Sanitation, dispensaries and jails vaccination Rajputana 1922-1927 - 1922-1927
Year: 1922
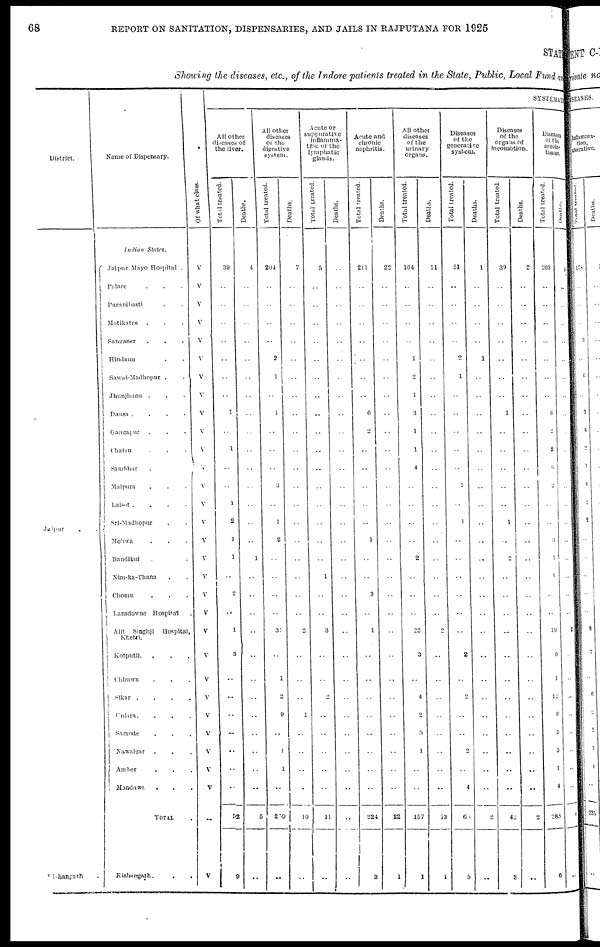
68
REPORT ON SANITATION, DISPENSARIES, AND JAILS IN RAJPUTANA FOR 1925
STATE
Showing the diseases, etc., of the Indore patients treated in the State, Public, Local Fund and
District.
Jaipur . .
Kishangarh .
Name of Dispensary.
Indian
States.
Jaipur Mayo Hospital .
Palace . . .
Puranibasti . .
Motikatra . . .
Sanganer . . .
Hindaun . .
Sawai-Madhopur . .
Jhunjhunu . . .
Dausa .
.
.
.
Gangapur . . .
Chatsu . . .
Sambhar
.
Malpura . . .
Lalsot
.
.
.
.
Sri-Madhopur . .
Mohwa . . .
Bandikui . .
Nim-ka-Thana . .
Chomu . . .
Lansdowne Hospital .
Ajit
Singhji
Hospital,
Khetri.
Kotputli. . . .
Chirawa . . .
Sikar .
.
.
.
Uniara
.
.
.
Samode . . .
Nawalgar . . .
Amber . . .
Mandawa . . .
TOTAL .
Kishangarh.
.
.
Of what class.
V
V
V
V
V
V
V
V
V
V
V
V
V
V
V
V
V
V
V
V
V
V
V
V
V
V
V
V
V
..
V
SYSTEMATIC
All other
diseases of
the liver.
Total treated.
39
..
..
..
..
..
..
..
1
..
1
..
..
1
2
1
1
..
2
..
1
3
..
..
..
..
..
..
..
52
9
Deaths.
4
..
..
..
..
..
..
..
..
..
..
..
..
..
..
..
1
..
..
..
..
..
..
..
..
..
..
..
..
5
..
All other
diseases
of the
digestive
system.
Total treated.
204
..
..
..
..
2
1
..
1
..
..
..
3
..
1
2
..
..
..
..
31
..
1
2
9
..
1
1
..
259
..
Deaths.
7
..
..
..
..
..
..
..
..
..
..
..
..
..
..
..
..
..
..
..
2
..
..
..
1
..
..
..
..
10
..
Acute or
suppurative
inflamma-
tion of the
lymphatic
glands.
Total treated.
5
..
..
..
..
..
..
..
..
..
..
..
..
..
..
..
..
1
..
..
3
..
..
2
..
..
..
..
..
11
..
Deaths.
..
..
..
..
..
..
..
..
..
..
..
..
..
..
..
..
..
..
..
..
..
..
..
..
..
..
..
..
..
..
..
Acute and
chronic
nephritis.
Total treated.
214
..
..
..
..
..
..
..
6
2
..
..
..
..
..
1
..
..
3
..
1
..
..
..
..
..
..
..
..
224
3
Deaths.
22
..
..
..
..
..
..
..
..
..
..
..
..
..
..
..
..
..
..
..
..
..
..
..
..
..
..
..
..
22
1
All other
diseases
of the
urinary
organs.
Total treated.
104
..
..
..
..
1
2
1
3
1
1
4
..
..
..
..
2
..
..
..
23
3
..
4
2
5
1
..
..
157
1
Deaths.
11
..
..
..
..
..
..
..
..
..
..
..
..
..
..
..
..
..
..
..
2
..
..
..
..
..
..
..
..
13
1
Diseases
of the
generative
system.
Total treated.
51
..
..
..
..
2
1
..
..
..
..
..
1
..
1
..
..
..
..
..
..
2
..
2
..
..
2
..
4
68
5
Deaths.
1
..
..
..
..
1
..
..
..
..
..
..
..
..
..
..
..
..
..
..
..
..
..
..
..
..
..
..
..
2
..
Diseases
of the
organs of
locomotion.
Total treated.
39
.. ..
.. .. .. .. .. 1 .. .. .. .. .. 1
..
2
..
..
..
..
..
..
..
..
..
..
..
..
43
3
Deaths.
2
..
..
..
..
..
..
..
..
..
..
..
..
..
..
..
..
..
..
..
..
..
..
..
..
..
..
..
..
2
..
Diseases
of the
areola
tissue.
Total treated.
203
..
..
..
..
..
..
..
6
2
2
6
2
..
..
3
1
1
..
..
19
9
1
12
6
5
5
1
4
288
6
Deaths.
4
..
..
..
..
..
..
..
..
..
..
..
..
..
..
..
..
..
..
..
2
..
..
..
..
..
..
..
..
6
..